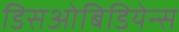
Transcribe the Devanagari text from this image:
डिसओबिडियेन्स